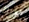
لذلك